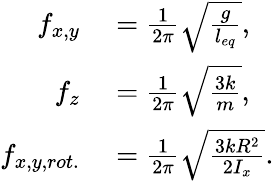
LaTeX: \begin{array}{rl}{f_{x,y}}&{{}=\frac{1}{2\pi}\sqrt{\frac{g}{l_{eq}}},}\\ {f_{z}}&{{}=\frac{1}{2\pi}\sqrt{\frac{3k}{m}},}\\ {f_{x,y,rot.}}&{{}=\frac{1}{2\pi}\sqrt{\frac{3kR^{2}}{2I_{x}}}.}\end{array}